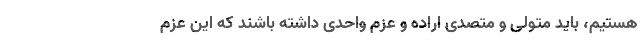
هستیم، باید متولی و متصدی اراده و عزم واحدی داشته باشند که این عزم